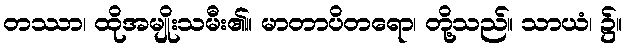
တဿာ၊ ထိုအမျိုးသမီး၏။ မာတာပိတရော၊ တို့သည်။ သာယံ၊ ၌။